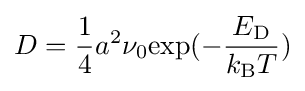
D={\frac {1}{4}}a^{2}\nu _{0}{\text{exp}}(-{\frac {E_{\mathrm {D} }}{k_{\mathrm {B} }T}})